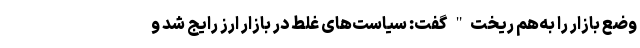
وضع بازار را به‌هم ریخت" گفت: سیاست‌های غلط در بازار ارز رایج شد و